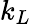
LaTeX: k_{L}